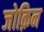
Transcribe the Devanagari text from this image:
जोक़िन